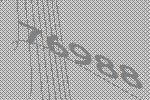
76988